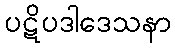
ပဋိပဒါဒေသနာ